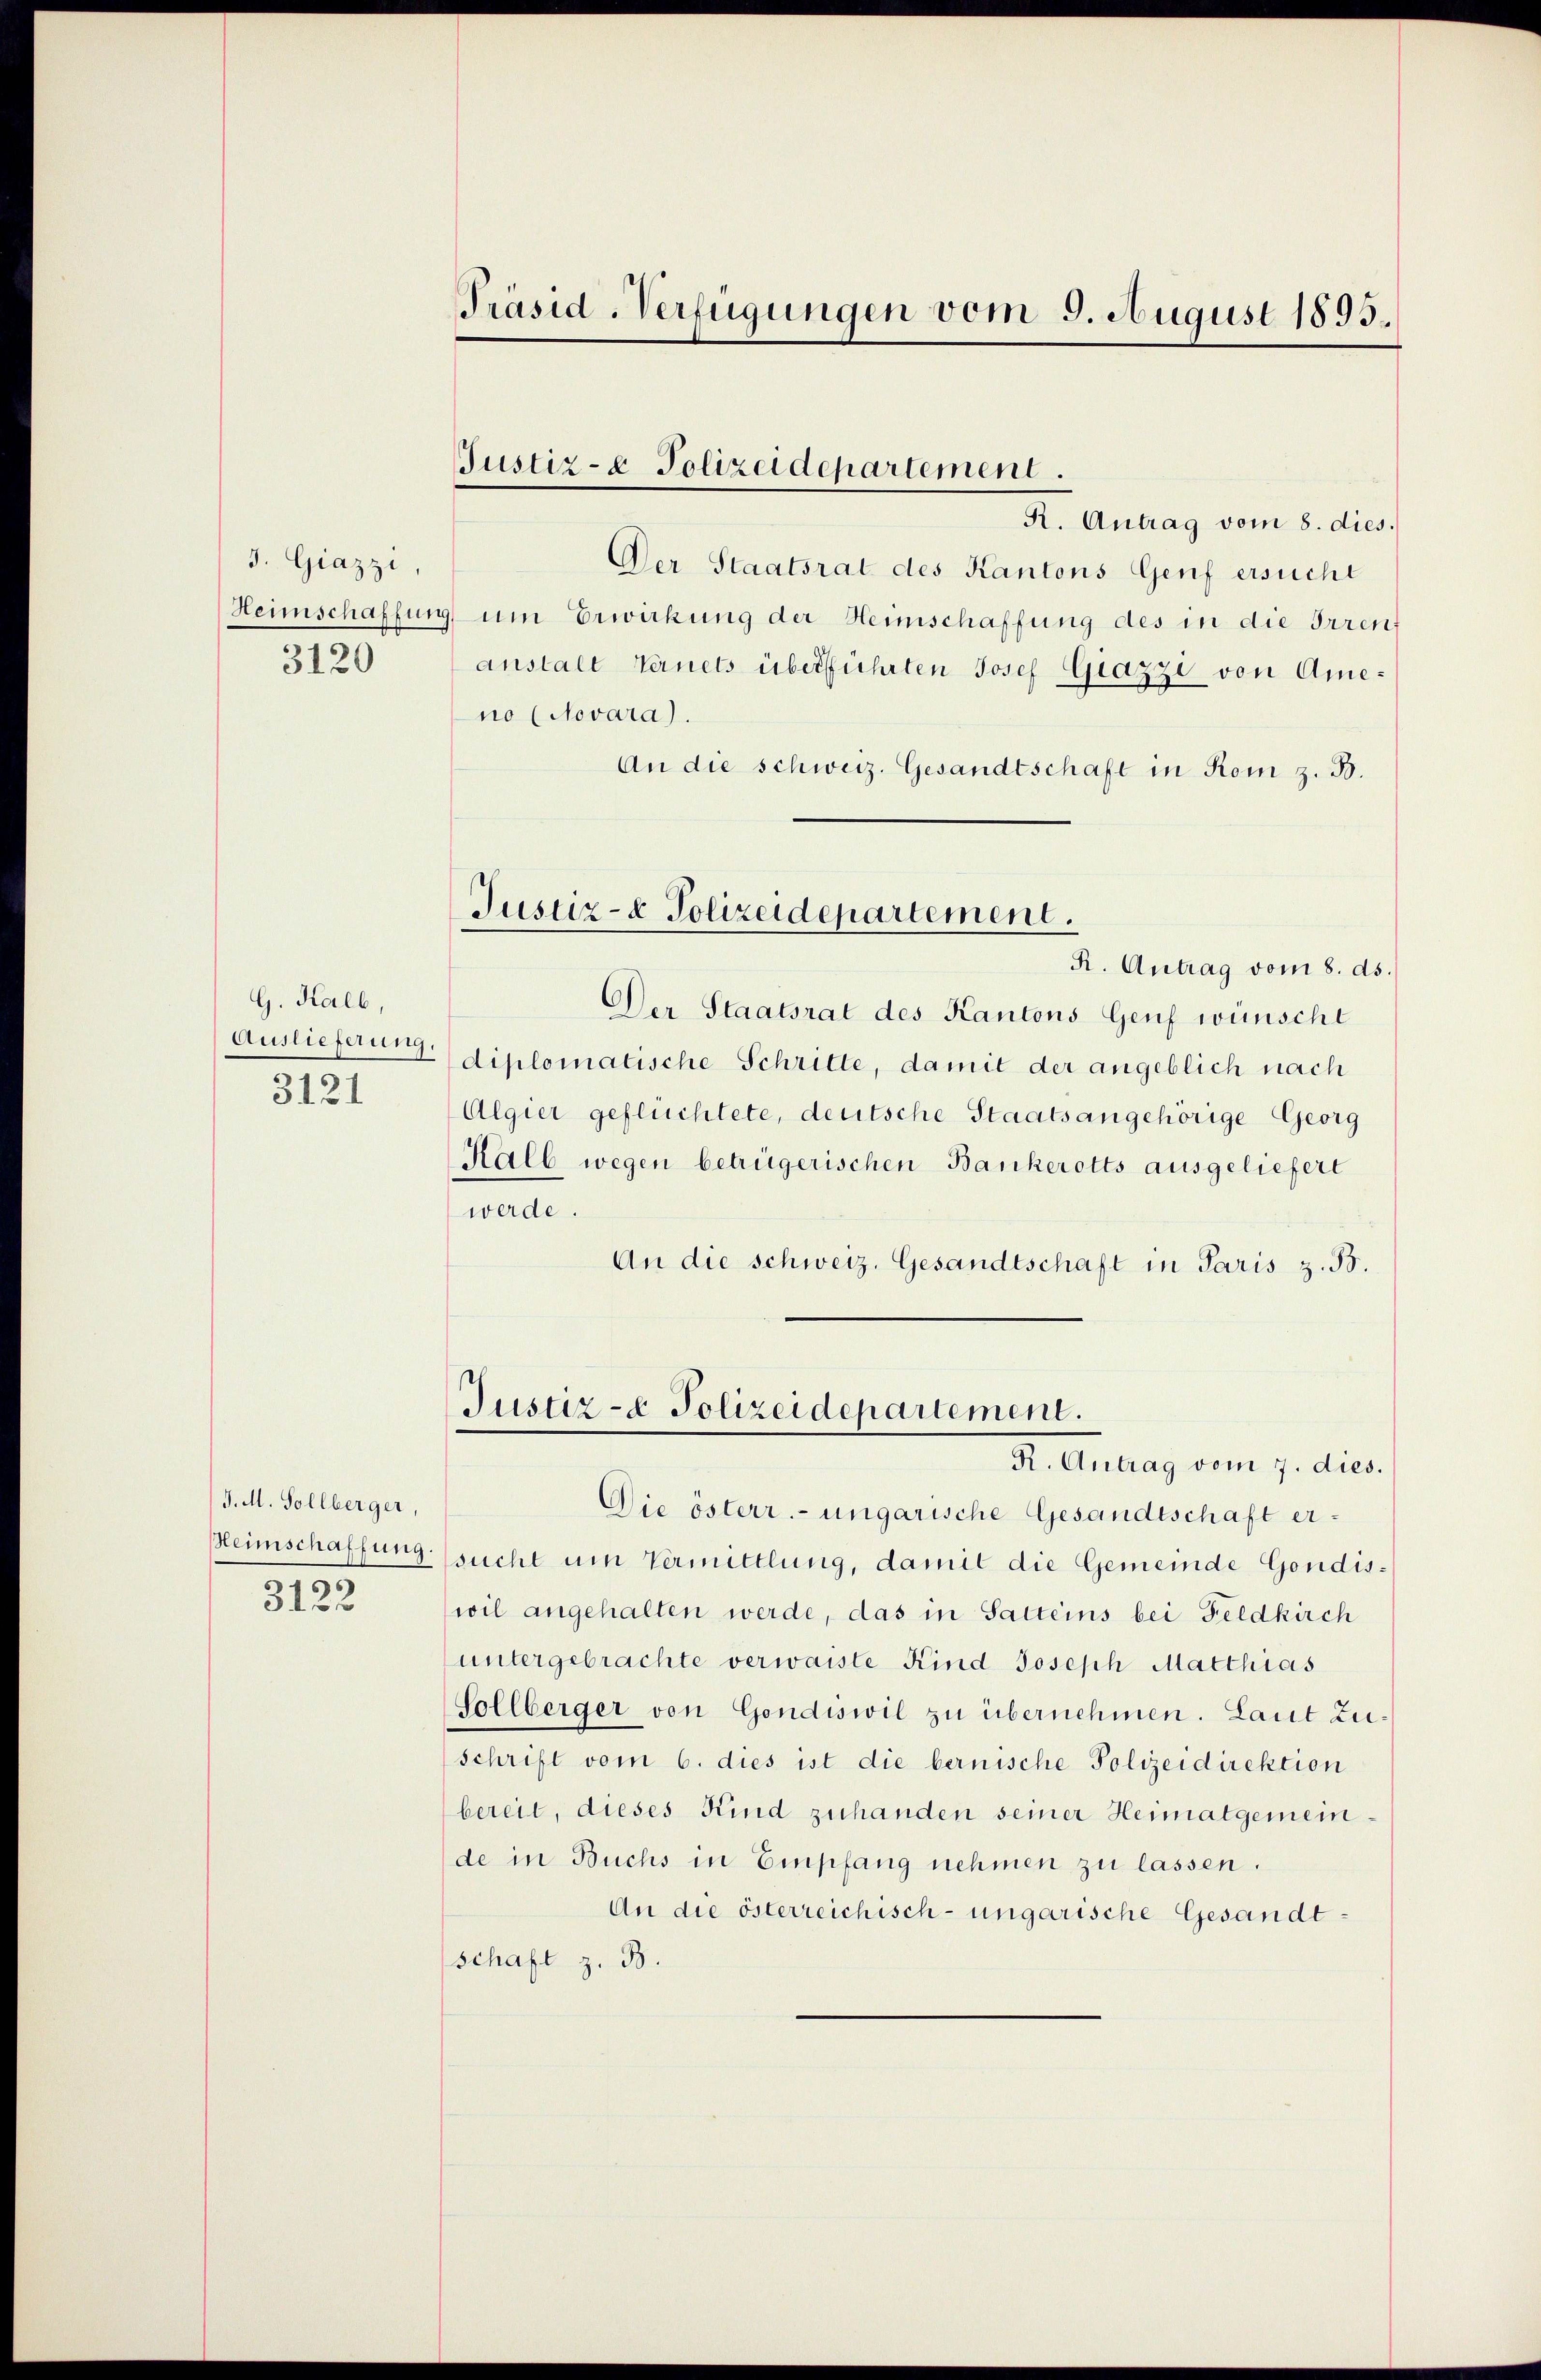
J. Giazzi,
Heimschaffun
3120

G. Kalb,
Auslieferung.
3121

J. M. Sollberger,
Heimschaffung
3122

Präsid-Verfügungen vom 9. August 1893.

JJustiz- & Polizeidepartement.

R. Antrag vom 8. dies.
Der Staatsrat des Kantons Genf ersucht
um Erwirkung der Heimschaffung des in die Irren
anstalt Ternets überführten Josef Grazze von Ameno (Novara).
An die schweiz. Gesandtschaft in Rom z. B.
Der Staatsrat des Kantons Genf wünscht
diplomatische Schritte, damit der angeblich nach
Algier geflüchtete, deutsche Staatsangehörige Georg
Kalb wegen betrügerischen Bankerotts ausgeliefert
werde.
An die schweiz. Gesandtschaft in Paris z. B.
Justiz- & Polizeidepartement.
R. Antrag vom 7. dies.
Die österr. ungarische Gesandtschaft ersucht um Vermittlung, damit die Gemeinde Gondiswil angehalten werde, das in Satteins bei Feldkirch
untergebrachte verwaiste Kind Joseph Matthias
Sollberger von Gondiswil zu übernehmen. Laut Zuschrift vom 6. dies ist die bernische Polizeidirektion
bereit, dieses Kind zuhanden seiner Heimatgemeinde in Buchs in Empfang nehmen zu lassen.
An die österreichisch-ungarische Gesandtschaft z. B.

Justiz- & Polizeidepartement.
R. Antrag vom 8. ds